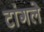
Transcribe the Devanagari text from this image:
टांगले